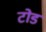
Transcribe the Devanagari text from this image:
टोडं